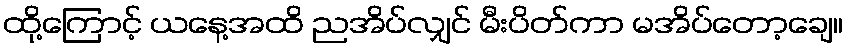
ထို့ကြောင့် ယနေ့အထိ ညအိပ်လျှင် မီးပိတ်ကာ မအိပ်တော့ချေ။